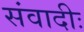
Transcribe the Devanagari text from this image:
संवादीः